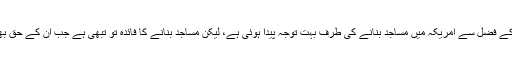
اللہ تعالیٰ کے فضل سے امریکہ میں مساجد بنانے کی طرف بہت توجہ پیدا ہوئی ہے، لیکن مساجد بنانے کا فائدہ تو تبھی ہے جب اُن کے حق بھی ادا ہوں۔